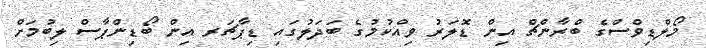
މޯލްޑިވްސްގެ ބްރާންޗް އިން ޑޮލަރު ވިއްކުމުގެ ބަދަލުގައި ޑިޕާޗަރ އިން ބޯޑިންޕާސް ލިބުމަށް